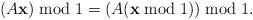
LaTeX: \begin{align*}(A \mathbf x)\bmod 1=(A (\mathbf x\bmod 1))\bmod 1.\end{align*}